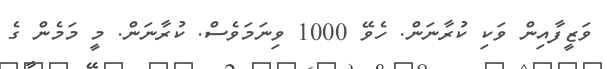
ވަޒީފާއިން ވަކި ކުރާނަން. ހެވޭ 1000 ވިނަމަވެސް. ކުރާނަން. މީ މަމެން ގެ